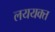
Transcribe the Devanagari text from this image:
लययक्त